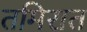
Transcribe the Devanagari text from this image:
तमिरात